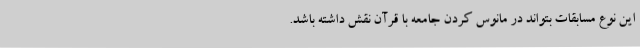
این نوع مسابقات بتواند در مانوس کردن جامعه با قرآن نقش داشته باشد.